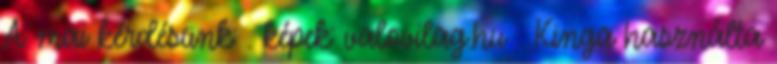
A mai kérdésünk: . képek: valovilag.hu . Kinga használta